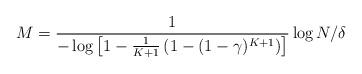
LaTeX: \begin{align*}M =\frac{1}{-\log \left[1-\frac{1}{K+1}\left(1-(1-\gamma)^{K+1}\right)\right]} \log N/\delta\end{align*}